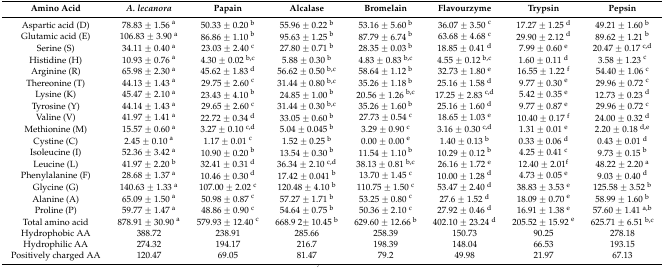
<table><thead><tr><td><b>Amino Acid</b></td><td><b><i>A. lecanora</i></b></td><td><b>Papain</b></td><td><b>Alcalase</b></td><td><b>Bromelain</b></td><td><b>Flavourzyme</b></td><td><b>Trypsin</b></td><td><b>Pepsin</b></td></tr></thead><tbody><tr><td>Aspartic acid (D)</td><td>78.83 ± 1.56 <sup>a</sup></td><td>50.33 ± 0.20 <sup>b</sup></td><td>55.96 ± 0.22 <sup>b</sup></td><td>53.16 ± 5.60 <sup>b</sup></td><td>36.07 ± 3.50 <sup>c</sup></td><td>17.27 ± 1.25 <sup>d</sup></td><td>49.21 ± 1.60 <sup>b</sup></td></tr><tr><td>Glutamic acid (E)</td><td>106.83 ± 3.90 <sup>a</sup></td><td>86.86 ± 1.10 <sup>b</sup></td><td>95.63 ± 1.25 <sup>b</sup></td><td>87.79 ± 6.74 <sup>b</sup></td><td>63.68 ± 4.68 <sup>c</sup></td><td>29.90 ± 2.12 <sup>d</sup></td><td>89.62 ± 1.21 <sup>b</sup></td></tr><tr><td>Serine (S)</td><td>34.11 ± 0.40 <sup>a</sup></td><td>23.03 ± 2.40 <sup>c</sup></td><td>27.80 ± 0.71 <sup>b</sup></td><td>28.35 ± 0.03 <sup>b</sup></td><td>18.85 ± 0.41 <sup>d</sup></td><td>7.99 ± 0.60 <sup>e</sup></td><td>20.47 ± 0.17 <sup>c,d</sup></td></tr><tr><td>Histidine (H)</td><td>10.93 ± 0.76 <sup>a</sup></td><td>4.30 ± 0.02 <sup>b,c</sup></td><td>5.88 ± 0.30 <sup>b</sup></td><td>4.83 ± 0.83 <sup>b,c</sup></td><td>4.55 ± 0.12 <sup>b,c</sup></td><td>1.60 ± 0.11 <sup>d</sup></td><td>3.58 ± 1.23 <sup>c</sup></td></tr><tr><td>Arginine (R)</td><td>65.98 ± 2.30 <sup>a</sup></td><td>45.62 ± 1.83 <sup>d</sup></td><td>56.62 ± 0.50 <sup>b,c</sup></td><td>58.64 ± 1.12 <sup>b</sup></td><td>32.73 ± 1.80 <sup>e</sup></td><td>16.55 ± 1.22 <sup>f</sup></td><td>54.40 ± 1.06 <sup>c</sup></td></tr><tr><td>Thereonine (T)</td><td>44.13 ± 1.43 <sup>a</sup></td><td>29.75 ± 2.60 <sup>c</sup></td><td>31.44 ± 0.80 <sup>b,c</sup></td><td>35.26 ± 1.18 <sup>b</sup></td><td>25.16 ± 1.58 <sup>d</sup></td><td>9.77 ± 0.30 <sup>e</sup></td><td>29.96 ± 0.72 <sup>c</sup></td></tr><tr><td>Lysine (K)</td><td>45.47 ± 2.10 <sup>a</sup></td><td>23.43 ± 4.10 <sup>b</sup></td><td>24.85 ± 1.00 <sup>b</sup></td><td>20.56 ± 1.26 <sup>b,c</sup></td><td>17.25 ± 2.83 <sup>c,d</sup></td><td>5.42 ± 0.35 <sup>e</sup></td><td>12.73 ± 0.23 <sup>d</sup></td></tr><tr><td>Tyrosine (Y)</td><td>44.14 ± 1.43 <sup>a</sup></td><td>29.65 ± 2.60 <sup>c</sup></td><td>31.44 ± 0.30 <sup>b,c</sup></td><td>35.26 ± 1.60 <sup>b</sup></td><td>25.16 ± 1.60 <sup>d</sup></td><td>9.77 ± 0.87 <sup>e</sup></td><td>29.96 ± 0.72 <sup>c</sup></td></tr><tr><td>Valine (V)</td><td>41.97 ± 1.41 <sup>a</sup></td><td>22.72 ± 0.34 <sup>d</sup></td><td>33.05 ± 0.60 <sup>b</sup></td><td>27.73 ± 0.54 <sup>c</sup></td><td>18.65 ± 1.03 <sup>e</sup></td><td>10.40 ± 0.17 <sup>f</sup></td><td>24.00 ± 0.32 <sup>d</sup></td></tr><tr><td>Methionine (M)</td><td>15.57 ± 0.60 <sup>a</sup></td><td>3.27 ± 0.10 <sup>c,d</sup></td><td>5.04 ± 0.045 <sup>b</sup></td><td>3.29 ± 0.90 <sup>c</sup></td><td>3.16 ± 0.30 <sup>c,d</sup></td><td>1.31 ± 0.01 <sup>e</sup></td><td>2.20 ± 0.18 <sup>d,e</sup></td></tr><tr><td>Cystine (C)</td><td>2.45 ± 0.10 <sup>a</sup></td><td>1.17 ± 0.01 <sup>c</sup></td><td>1.52 ± 0.25 <sup>b</sup></td><td>0.00 ± 0.00 <sup>e</sup></td><td>1.40 ± 0.13 <sup>b</sup></td><td>0.33 ± 0.06 <sup>d</sup></td><td>0.43 ± 0.01 <sup>d</sup></td></tr><tr><td>Isoleucine (I)</td><td>52.36 ± 3.42 <sup>a</sup></td><td>10.90 ± 0.20 <sup>b</sup></td><td>13.54 ± 0.30 <sup>b</sup></td><td>11.54 ± 1.10 <sup>b</sup></td><td>10.29 ± 0.12 <sup>b</sup></td><td>4.25 ± 0.41 <sup>c</sup></td><td>9.73 ± 0.15 <sup>b</sup></td></tr><tr><td>Leucine (L)</td><td>41.97 ± 2.20 <sup>b</sup></td><td>32.41 ± 0.31 <sup>d</sup></td><td>36.34 ± 2.10 <sup>c,d</sup></td><td>38.13 ± 0.81 <sup>b,c</sup></td><td>26.16 ± 1.72 <sup>e</sup></td><td>12.40 ± 2.01<sup>f</sup></td><td>48.22 ± 2.20 <sup>a</sup></td></tr><tr><td>Phenylalanine (F)</td><td>28.68 ± 1.37 <sup>a</sup></td><td>10.46 ± 0.30 <sup>d</sup></td><td>17.42 ± 0.041 <sup>b</sup></td><td>13.70 ± 1.45 <sup>c</sup></td><td>10.00 ± 1.28 <sup>d</sup></td><td>4.73 ± 0.05 <sup>e</sup></td><td>9.03 ± 0.40 <sup>d</sup></td></tr><tr><td>Glycine (G)</td><td>140.63 ± 1.33 <sup>a</sup></td><td>107.00 ± 2.02 <sup>c</sup></td><td>120.48 ± 4.10 <sup>b</sup></td><td>110.75 ± 1.50 <sup>c</sup></td><td>53.47 ± 2.40 <sup>d</sup></td><td>38.83 ± 3.53 <sup>e</sup></td><td>125.58 ± 3.52 <sup>b</sup></td></tr><tr><td>Alanine (A)</td><td>65.09 ± 1.50 <sup>a</sup></td><td>50.98 ± 0.87 <sup>c</sup></td><td>57.27 ± 1.71 <sup>b</sup></td><td>53.25 ± 0.80 <sup>c</sup></td><td>27.6 ± 1.52 <sup>d</sup></td><td>18.09 ± 0.70 <sup>e</sup></td><td>58.99 ± 1.60 <sup>b</sup></td></tr><tr><td>Proline (P)</td><td>59.77 ± 1.47 <sup>a</sup></td><td>48.86 ± 0.90 <sup>c</sup></td><td>54.64 ± 0.75 <sup>b</sup></td><td>50.36 ± 2.10 <sup>c</sup></td><td>27.92 ± 0.46 <sup>d</sup></td><td>16.91 ± 1.38 <sup>e</sup></td><td>57.60 ± 1.41 <sup>a,b</sup></td></tr><tr><td>Total amino acid</td><td>878.91 ± 30.90 <sup>a</sup></td><td>579.93 ± 12.40 <sup>c</sup></td><td>668.9 2± 10.45 <sup>b</sup></td><td>629.60 ± 12.66 <sup>b</sup></td><td>402.10 ± 23.24 <sup>d</sup></td><td>205.52 ± 15.92 <sup>e</sup></td><td>625.71 ± 6.51 <sup>b,c</sup></td></tr><tr><td>Hydrophobic AA</td><td>388.72</td><td>238.91</td><td>285.66</td><td>258.39</td><td>150.73</td><td>90.25</td><td>278.18</td></tr><tr><td>Hydrophilic AA</td><td>274.32</td><td>194.17</td><td>216.7</td><td>198.39</td><td>148.04</td><td>66.53</td><td>193.15</td></tr><tr><td>Positively charged AA</td><td>120.47</td><td>69.05</td><td>81.47</td><td>79.2</td><td>49.98</td><td>21.97</td><td>67.13</td></tr></tbody></table>